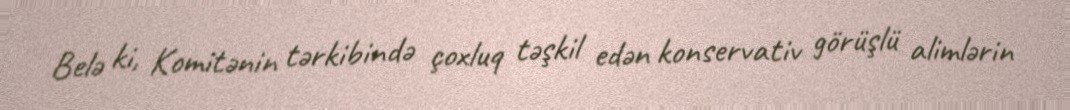
Belə ki, Komitənin tərkibində çoxluq təşkil edən konservativ görüşlü alimlərin